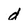
Character: d